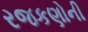
રજકણોની